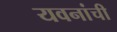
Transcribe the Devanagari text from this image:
यवनांची